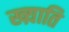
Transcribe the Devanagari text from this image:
ख्य़ाति